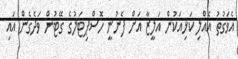
އެވަގުތު އެއްލި ކަޅިއަކުން އަލީޒާ އަށް ފެނުނީ ހޮސްޕިޓަލުގެ ގޭޓުން ވަދެގެން އައި